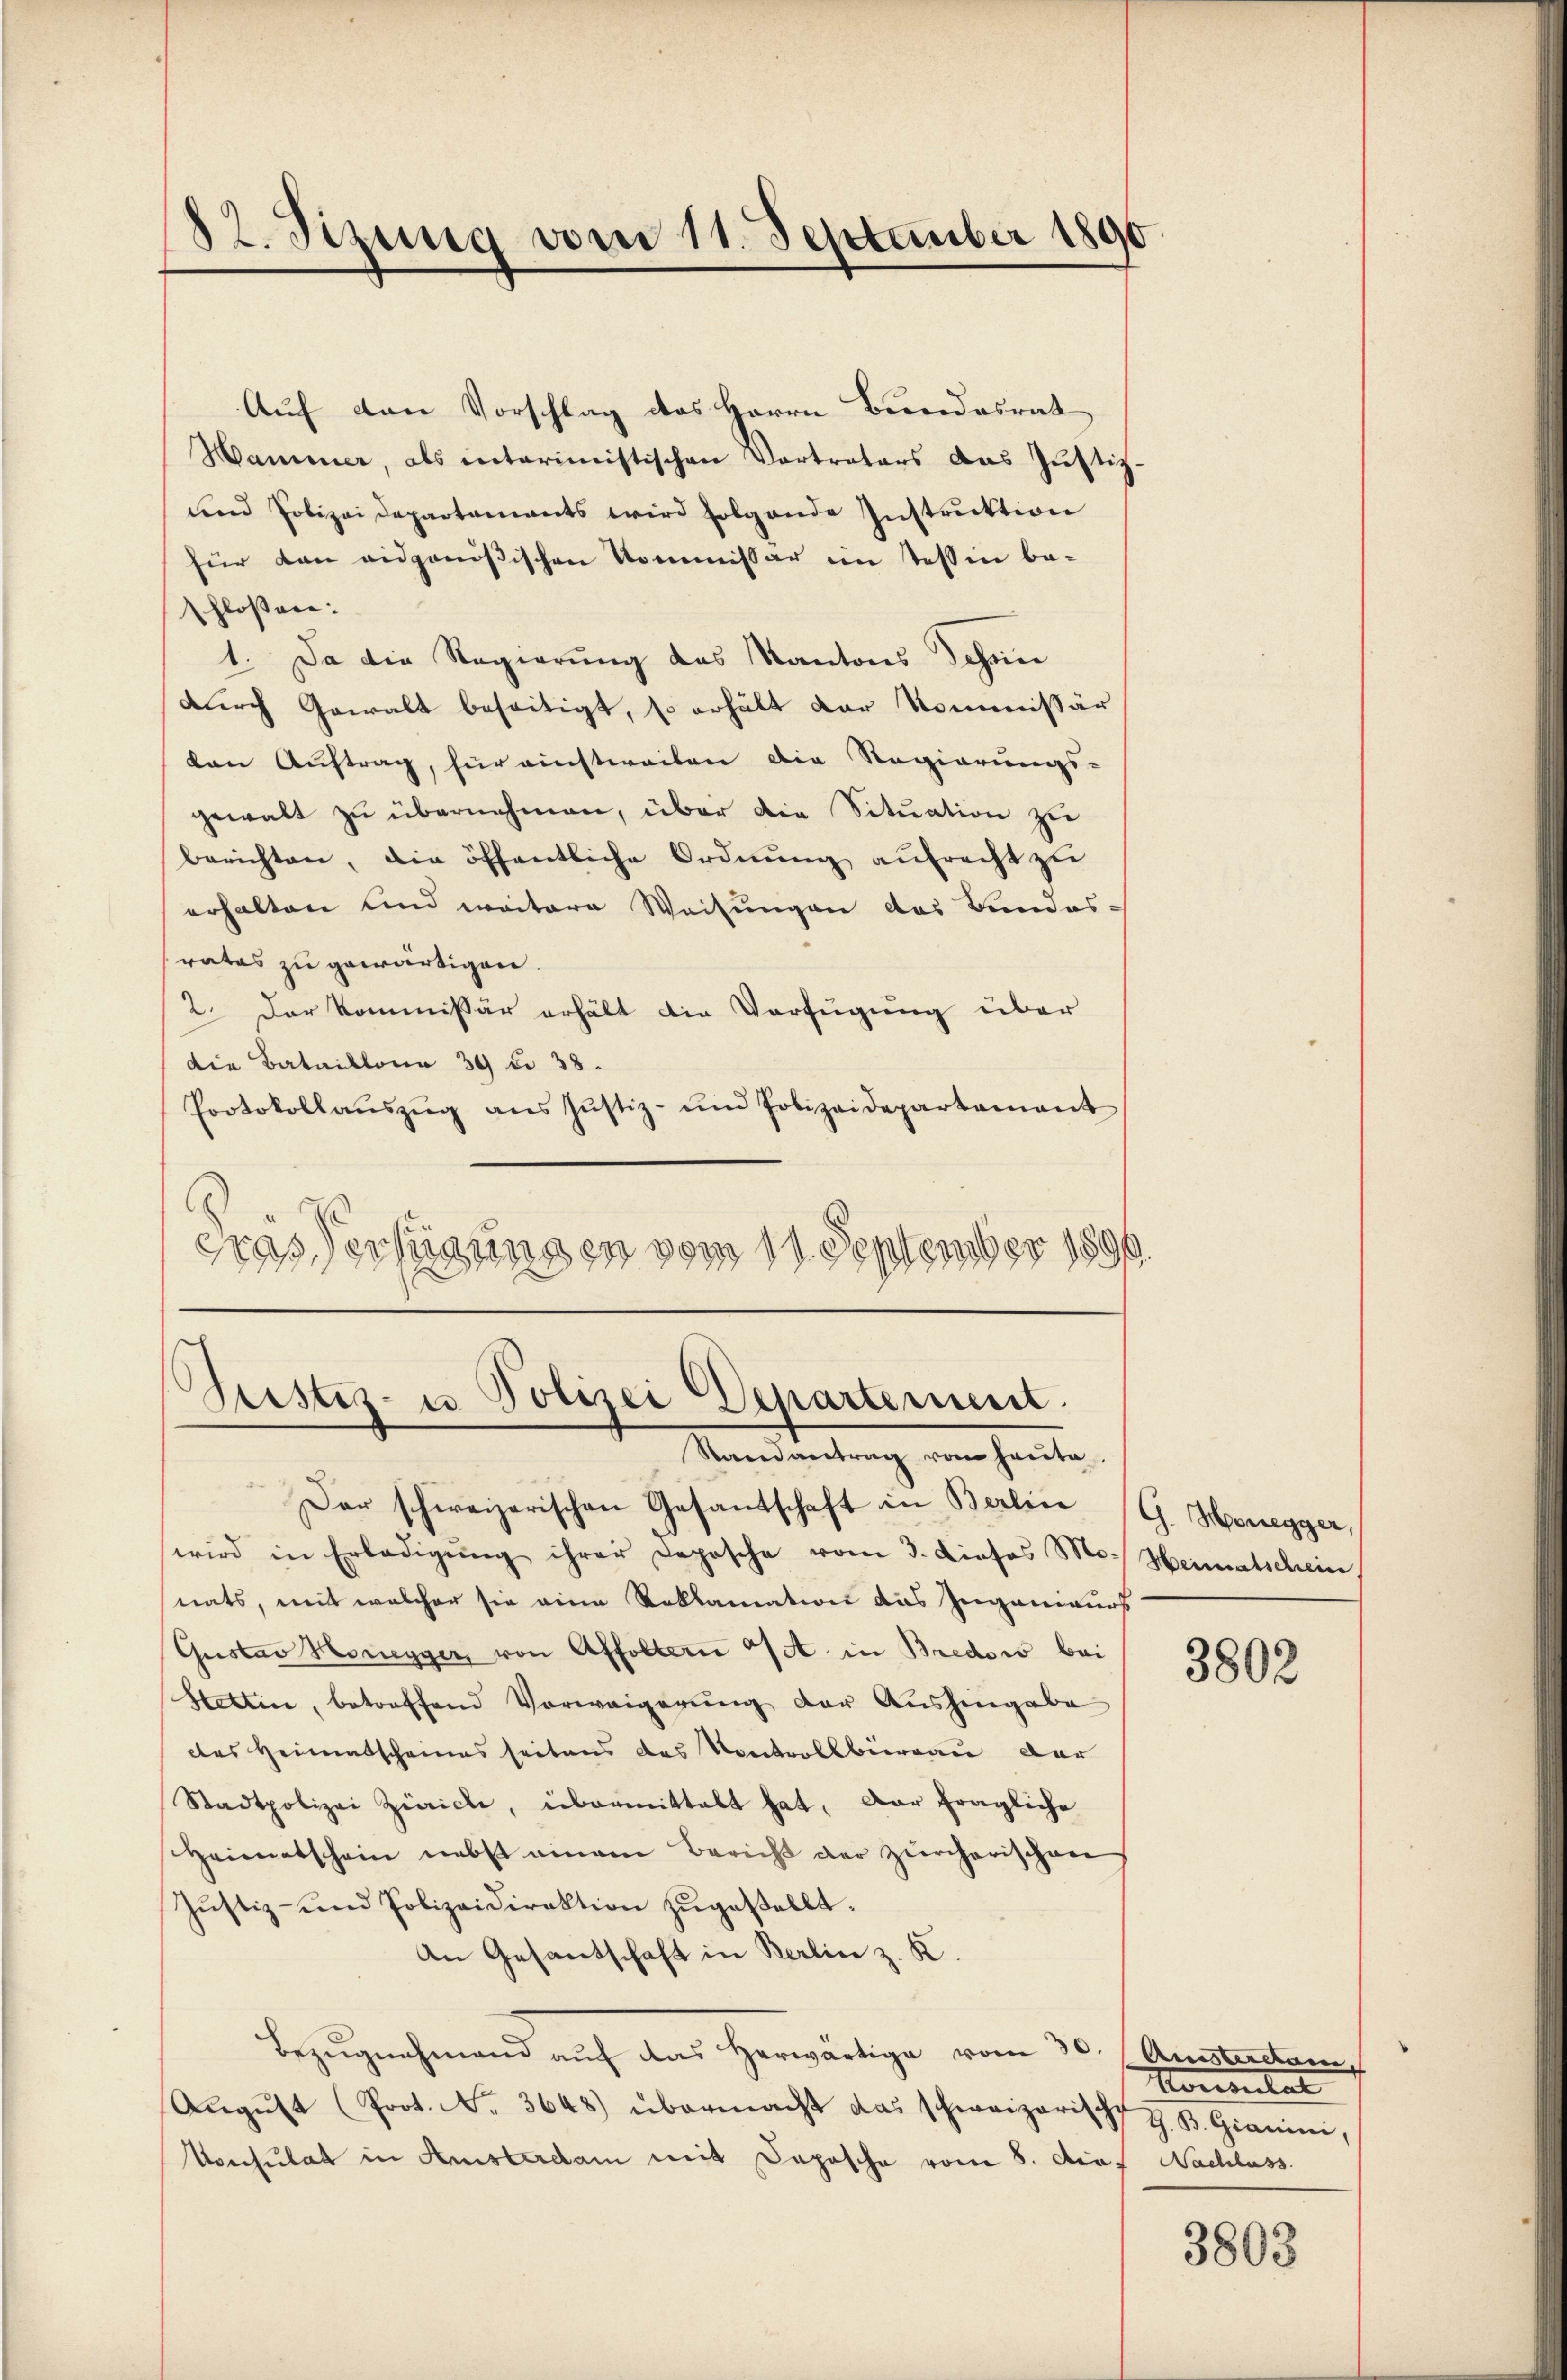
82. Sizung vom 11. September 1890

Auf den Vorschlag des Herrn Bundesrat
Hammer, als interimistischen Vortreters das Justiz.
und Polizei Departements wird folgende Instruktion
für dan eidgenößischen Kommissar im Tessin be-
schlossen:
1. Da die Regierung des Kantons Schön
durch Gewalt beseitigt, so erhält der Kommissär
den Auftrag, für einstweilen die Regierungs-
gewalt zu übernehmen, über die Situation zu
berichten, die öffentliche Ordnŭng aŭfrecht zu
erhalten und weitere Weisungen das Bundes-
rates zu gewärtigen.
2. Der Kommissär erhält die Verfügung über
Die Bataillona 39 n 38.
Protokollaŭszŭg ans Justiz- ŭm Polizeidepartament
Gras Verfügungen vom 11. September 1890

Justiz- u Polizei Departement.
Randantrag vom heute.

Dar schweizerischen Gesandschaft in Berline (G. Honegger,
wird in Erledigŭng ihrer Deposche vom 3. Dieses Mo. Heimatschein
nats, mit welcher sie eine Reklamation das Ingenieurs
Gustav Honegger, von Affoltern 4 in Bredow bei
Hettin, betreffend Vorweigerung der Aushingabe
des Heimatscheines seitens das Kontrollbüreau dar
Stadtpolizei Zürich, übermittalt hat. Dar fragliche
Heimatschein nebst einem Bericht der zürcherischen
Jŭstiz- und Polizeidirektion zŭgestellt.
An Gesantschaft in Berlin z. K.
Bezugnahmend auf das Herwärtige vom 30.
Aŭgŭst (Prot. No. 3648) übermacht das schweizerische z. B. Gianini,
Konsulat in Amsterdam mit Daposche vom 8. Auf Nachlass

3802

Anisterdan
Konsulat

3803